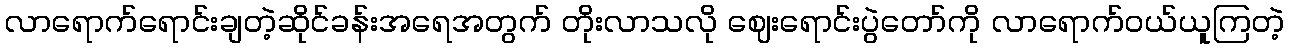
လာရောက်ရောင်းချတဲ့ဆိုင်ခန်းအရေအတွက် တိုးလာသလို ဈေးရောင်းပွဲတော်ကို လာရောက်ဝယ်ယူကြတဲ့